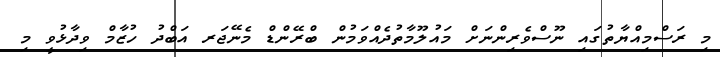
މި ރަސްމިއްޔާތުގައި ނޫސްވެރިންނަށް މައުލޫމާތުދެއްވަމުން ބްރޭންޑް މެނޭޖަރ އަބްދު ހުޒާމް ވިދާޅުވީ މި